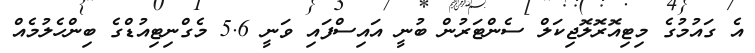
އެ ގައުމުގެ މިޓިއޮރޮލޮޖިކަލް ސެންޓަރުން ބުނީ އައިސްފައި ވަނީ 5.6 މެގްނިޓިއުޑްގެ ބިންހެލުމެއް